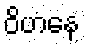
ဝိဟနေ